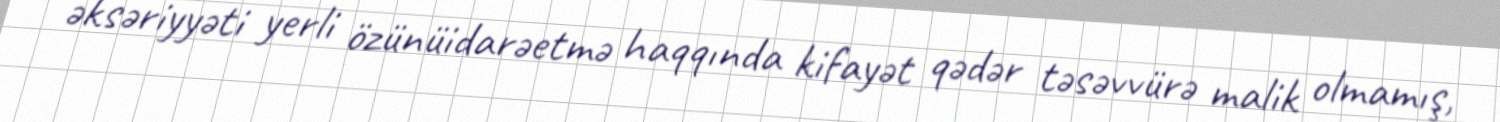
əksəriyyəti yerli özünüidarəetmə haqqında kifayət qədər təsəvvürə malik olmamış,